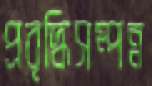
প্রবৃদ্ধিসম্পন্ন